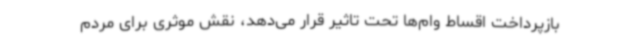
بازپرداخت اقساط وام‌ها تحت تاثیر قرار می‌دهد، نقش موثری برای مردم